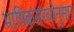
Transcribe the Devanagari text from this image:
भाषिकसंख्येनुसार